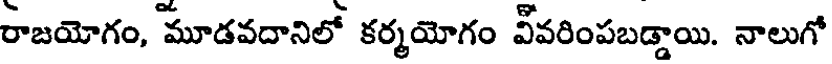
రాజయోగం, మూడవదానిలో కర్మయోగం వీవరింపబడ్డాయి. నాలుగో